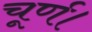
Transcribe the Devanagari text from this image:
चूर्ण।